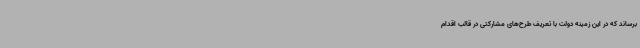
برساند که در این زمینه دولت با تعریف طرح‌های مشارکتی در قالب اقدام